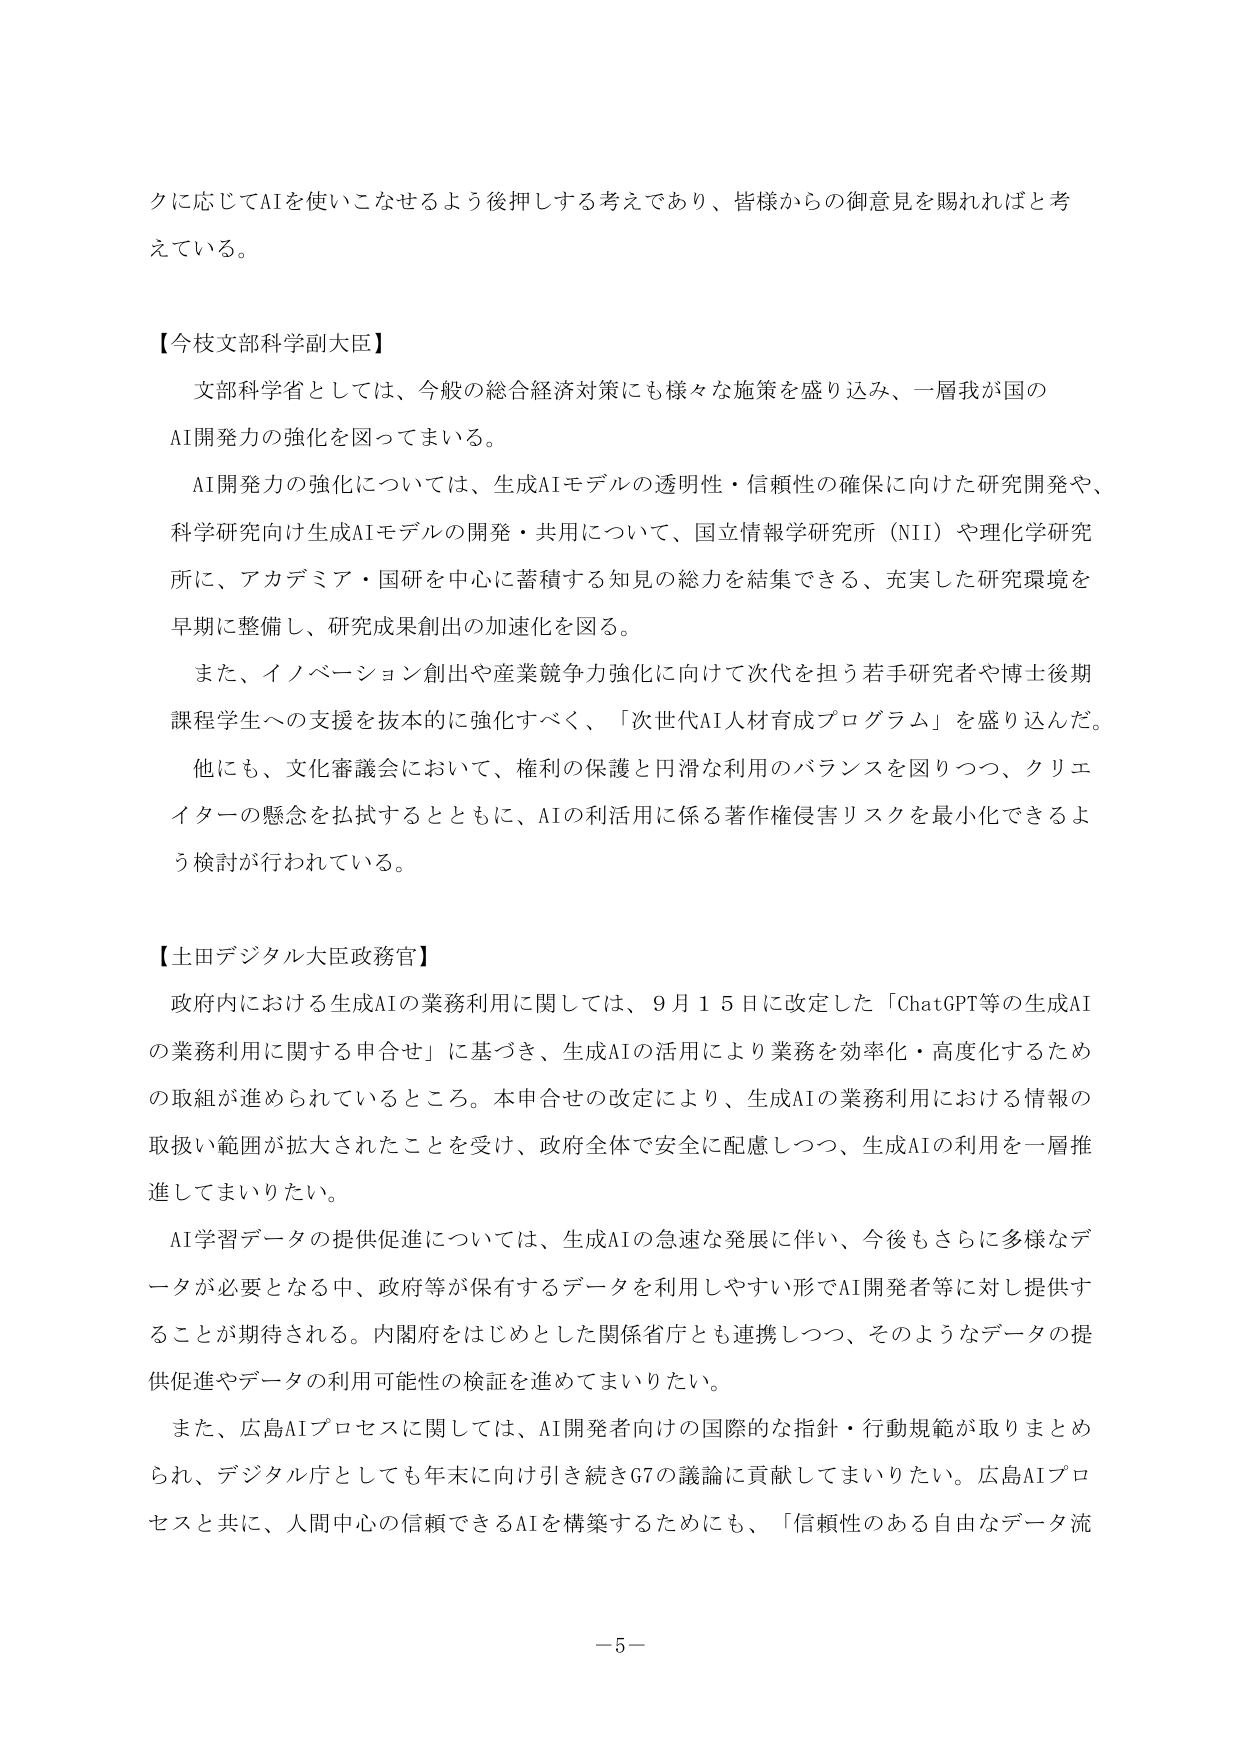
クに応じてAIを使いこなせるよう後押しさせる考えであり、皆様からの御意見を賜れればと考えている。

【今枝文部科学副大臣】
文部科学省としては、今般の総合経済対策にも様々な施策を盛り込み、一層我が国のAI開発力の強化を図ってまいる。
AI開発力の強化については、生成AIモデルの透明性・信頼性の確保に向けた研究開発や、科学研究向け生成AIモデルの開発・共用について、国立情報学研究所（NII）や理化学研究所に、アカデミア・国研を中心に蓄積する知見の総力を結集できる、充実した研究環境を早期に整備し、研究成果創出の加速化を図る。
また、イノベーション創出や産業競争力強化に向けて次代を担う若手研究者や博士後期課程学生への支援を抜本的に強化すべく、「次世代AI人材育成プログラム」を盛り込んだ。
他にも、文化審議会において、権利の保護と円滑な利用のバランスを図りつつ、クリエイターの懸念を払拭するとともに、AIの利活用に係る著作権侵害リスクを最小化できるよう検討が行われている。

【土田デジタル大臣政務官】
政府内における生成AIの業務利用に関しては、9月15日に改定した「ChatGPT等の生成AIの業務利用に関する申合せ」に基づき、生成AIの活用により業務を効率化・高度化するための取組が進められているところ。本申合せの改定により、生成AIの業務利用における情報の取扱い範囲が拡大されたことを受け、政府全体で安全に配慮しつつ、生成AIの利用を一層推進してまいりたい。
AI学習データの提供促進については、生成AIの急速な発展に伴い、今後もさらに多様なデータが必要となる中、政府等が保有するデータを利用しやすい形でAI開発者等に対し提供することが期待される。内閣府をはじめとした関係省庁とも連携しつつ、そのようなデータの提供促進やデータの利用可能性の検証を進めてまいりたい。
また、広島AIプロセスに関しては、AI開発者向けの国際的な指針・行動規範が取りまとめられ、デジタル庁としても年末に向け引き続きG7の議論に貢献してまいりたい。広島AIプロセスと共に、人間中心の信頼できるAIを構築するためにも、「信頼性のある自由なデータ流

－5－